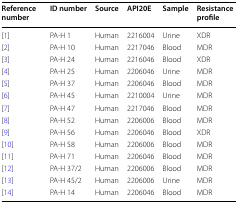
| Reference number | ID number | Source | API20E | Sample | Resistance profile |
 | --- | --- | --- | --- | --- | --- |
 | [1] | PA-H 1 | Human | 2216004 | Urine | XDR |
 | [2] | PA-H 10 | Human | 2217046 | Blood | MDR |
 | [3] | PA-H 24 | Human | 2216046 | Blood | XDR |
 | [4] | PA-H 25 | Human | 2206046 | Urine | MDR |
 | [5] | PA-H 37 | Human | 2206046 | Blood | MDR |
 | [6] | PA-H 45 | Human | 2210004 | Urine | MDR |
 | [7] | PA-H 47 | Human | 2217046 | Blood | MDR |
 | [8] | PA-H 52 | Human | 2206006 | Blood | MDR |
 | [9] | PA-H 56 | Human | 2206046 | Blood | XDR |
 | [10] | PA-H 58 | Human | 2206006 | Blood | MDR |
 | [11] | PA-H 71 | Human | 2206046 | Blood | MDR |
 | [12] | PA-H 37/2 | Human | 2206006 | Blood | MDR |
 | [13] | PA-H 45/2 | Human | 2206006 | Urine | MDR |
 | [14] | PA-H 14 | Human | 2206046 | Blood | MDR |